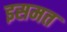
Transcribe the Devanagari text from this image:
इसमत